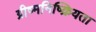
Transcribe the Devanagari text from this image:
ग्रीष्मनिष्क्रियता